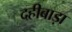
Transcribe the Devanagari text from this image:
दहीबाड़ा